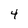
Character: 4